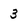
Character: 3